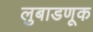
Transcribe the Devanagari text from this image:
लुबाडणूक